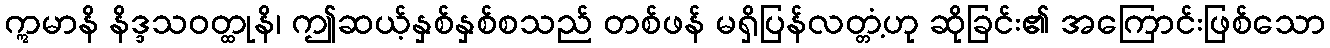
ဣမာနိ နိဒ္ဒသဝတ္ထုနိ၊ ဤဆယ့်နှစ်နှစ်စသည် တစ်ဖန် မရှိပြန်လတ္တံ့ဟု ဆိုခြင်း၏ အကြောင်းဖြစ်သော